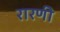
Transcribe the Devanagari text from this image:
रारणी